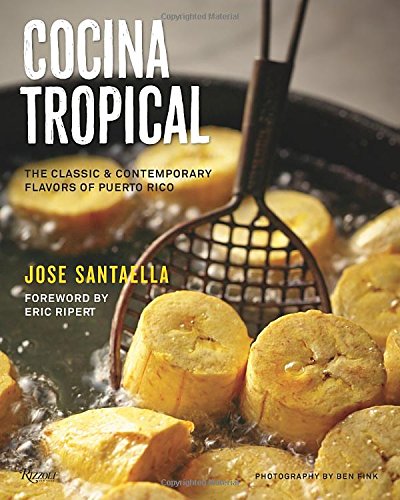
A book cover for Cocina Tropical: The Classic & Contemporary Flavors of Puerto Rico; Jose Santaella; Cookbooks, Food & Wine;